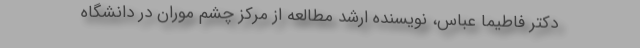
دکتر فاطیما عباس، نویسنده ارشد مطالعه از مرکز چشم موران در دانشگاه